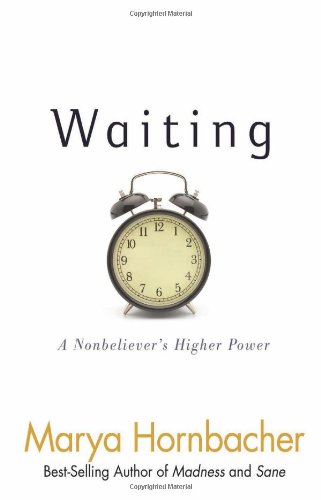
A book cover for Waiting: A Nonbeliever's Higher Power; Marya Hornbacher; Religion & Spirituality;